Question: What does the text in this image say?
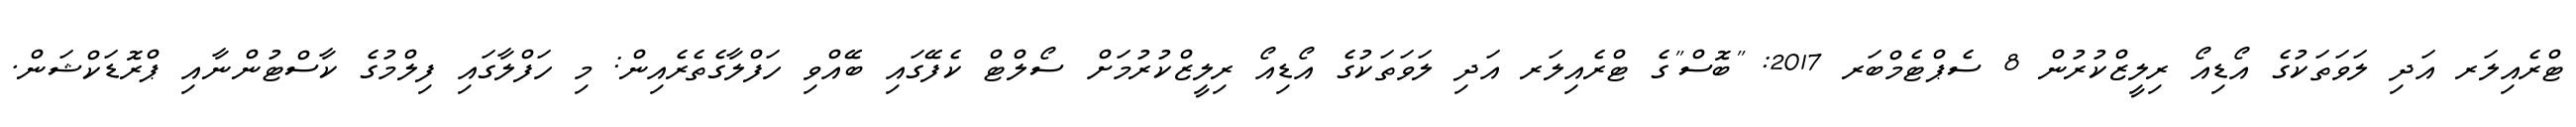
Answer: ޓްރެއިލަރ އަދި ލަވަތަކުގެ އޯޑިއޯ ރިލީޒްކުރުން 8 ސެޕްޓެމްބަރ 2017: "ބޮސް"ގެ ޓްރެއިލަރ އަދި ލަވަތަކުގެ އޯޑިއޯ ރިލީޒްކުރުމަށް ސޯލްޓް ކެފޭގައި ބޭއްވި ހަފްލާގެތެރެއިން: މި ހަފްލާގައި ފިލްމުގެ ކާސްޓުންނާއި ޕްރޮޑަކްޝަން.